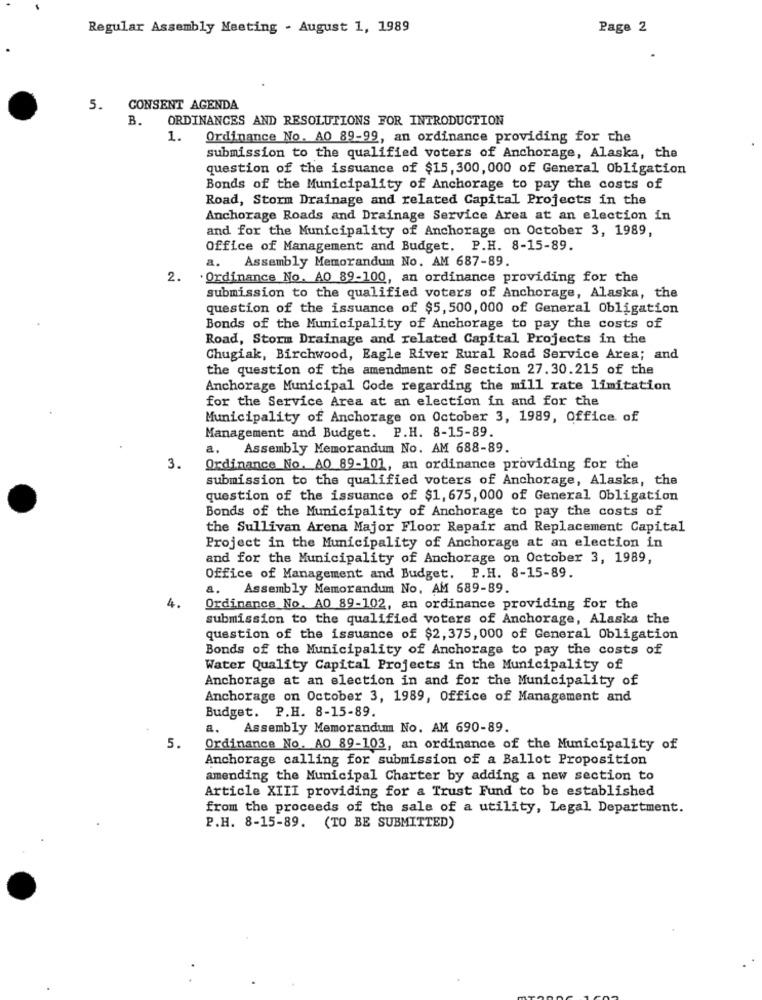
Regular Assembly Meeting - August 1, 1989
Page 2
5. CONSENT AGENDA
ORDINANCES AND RESOLUTIONS FOR INTRODUCTION
B.
1. Ordinance No. AO 89-99, an ordinance providing for the
submission to the qualified voters of Anchorage, Alaska, the
question of the issuance of $15, 300, 000 of General Obligation
Bonds of the Municipality of Anchorage to pay the costs of
Road, Storm Drainage and related Capital Projects in the
Anchorage Roads and Drainage Service Area at an election in
and for the Municipality of Anchorage on October 3, 1989,
Office of Management and Budget. P.H. 8-15-89.
a. Assembly Memorandum No. AM 687-89.
2.
. Ordinance No. AO 89-100, an ordinance providing for the
submission to the qualified voters of Anchorage, Alaska, the
question of the issuance of $5, 500, 000 of General Obligation
Bonds of the Municipality of Anchorage to pay the costs of
Road, Storm Drainage and related Capital Projects in the
Chugiak, Birchwood, Eagle River Rural Road Service Area; and
the question of the amendment of Section 27.30.215 of the
Anchorage Municipal Code regarding the mill rate limitation
for the Service Area at an election in and for the
Municipality of Anchorage on October 3, 1989, Office of
Management and Budget. P.H. 8-15-89.
a. Assembly Memorandum No. AM 688-89.
3.
Ordinance No. A0 89-101, an ordinance providing for the
submission to the qualified voters of Anchorage, Alaska, the
question of the issuance of $1, 675, 000 of General Obligation
Bonds of the Municipality of Anchorage to pay the costs of
the Sullivan Arena Major Floor Repair and Replacement Capital
Project in the Municipality of Anchorage at an election in
and for the Municipality of Anchorage on October 3, 1989,
Office of Management and Budget. P.H. 8-15-89.
a. Assembly Memorandum No. AM 689-89.
4.
Ordinance No. AO 89-102, an ordinance providing for the
submission to the qualified voters of Anchorage, Alaska the
question of the issuance of $2,375, 000 of General Obligation
Bonds of the Municipality of Anchorage to pay the costs of
Water Quality Capital Projects in the Municipality of
Anchorage at an election in and for the Municipality of
Anchorage on October 3, 1989, Office of Management and
Budget. P.H. 8-15-89.
a.
Assembly Memorandum No. AM 690-89.
5.
Ordinance No. AO 89-103, an ordinance of the Municipality of
Anchorage calling for submission of a Ballot Proposition
amending the Municipal Charter by adding a new section to
Article XIII providing for a Trust Fund to be established
from the proceeds of the sale of a utility, Legal Department.
P.H. 8-15-89. (TO BE SUBMITTED)